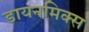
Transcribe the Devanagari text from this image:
डायनमिक्स